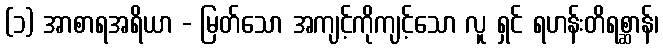
(၁) အာစာရအရိယာ - မြတ်သော အကျင့်ကိုကျင့်သော လူ ရှင် ရဟန်းတိရစ္ဆာန်၊